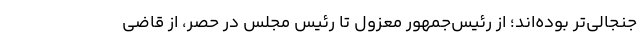
جنجالی‌تر بوده‌اند؛ از رئیس‌جمهور معزول تا رئیس مجلس در حصر، از قاضی